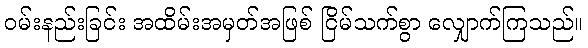
ဝမ်းနည်းခြင်း အထိမ်းအမှတ်အဖြစ် ငြိမ်သက်စွာ လျှောက်ကြသည်။